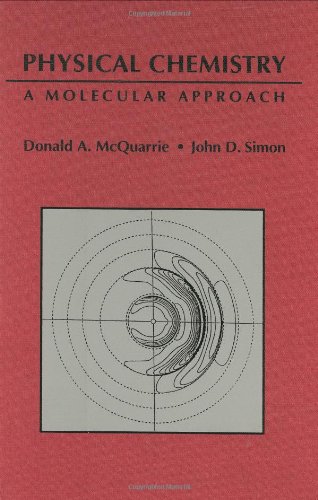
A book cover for Physical Chemistry: A Molecular Approach; Donald A. McQuarrie; Science & Math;